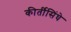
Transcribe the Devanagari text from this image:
कीर्तीसिंघे